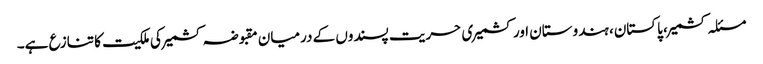
مسئلہ کشمیر، پاکستان، ہندوستان اور کشمیری حریت پسندوں کے درمیان مقبوضہ کشمیر کی ملکیت کا تنازع ہے۔